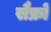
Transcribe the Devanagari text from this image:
सैफ्रों